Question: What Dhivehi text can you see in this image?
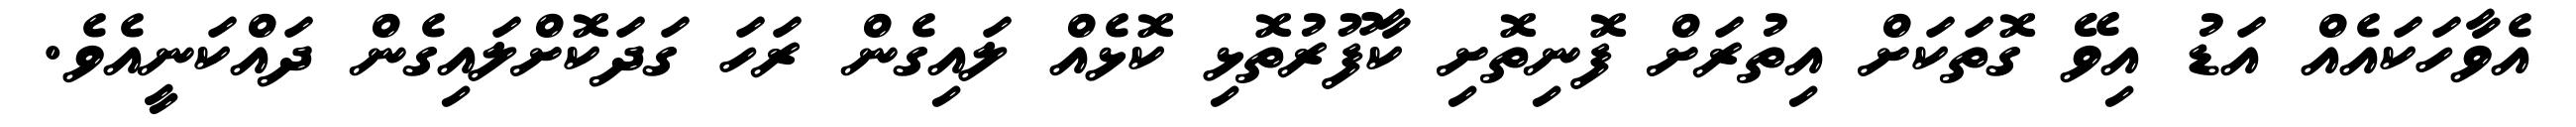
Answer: އެވާހަކައެއް އަޑު އިވޭ ގޮތަކަށް އިތުރަށް ފޮނިތޮށި ކާފޫރުތޮޅި ކޮޅެއް ލައިގެން ރަހަ ގަދަކޮށްލައިގެން ދައްކަނީއެވެ.